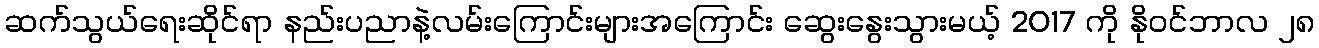
ဆက်သွယ်ရေးဆိုင်ရာ နည်းပညာနဲ့လမ်းကြောင်းများအကြောင်း ဆွေးနွေးသွားမယ့် 2017 ကို နိုဝင်ဘာလ ၂၈